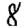
Digit: 8